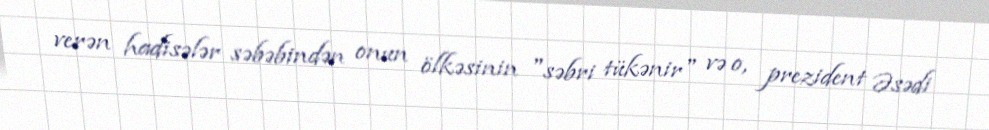
verən hadisələr səbəbindən onun ölkəsinin "səbri tükənir" və o, prezident Əsədi